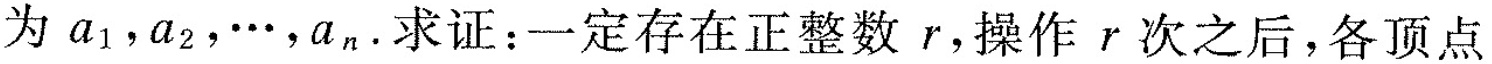
为a_{1}，a_{2}，…，a_{n}.求证：一定存在正整数r，操作r次之后，各顶点